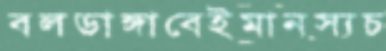
বলডাঙ্গাবেইমানস্যচ